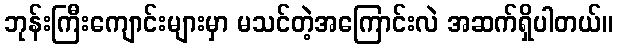
ဘုန်းကြီးကျောင်းများမှာ မသင်တဲ့အကြောင်းလဲ အဆက်ရှိပါတယ်။